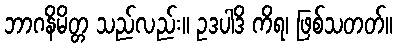
ဘာဂနိမိတ္တ သည်လည်း။ ဥဒပါဒိ ကိရ၊ ဖြစ်သတတ်။